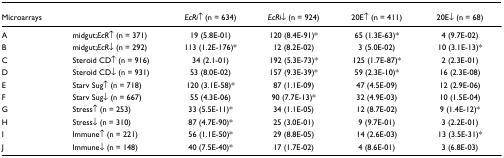
<table><thead><tr><td colspan="2"><b>Microarrays</b></td><td><b><i>EcRi</i>↑ (n = 634)</b></td><td><b><i>EcRi</i>↓ (n = 924)</b></td><td><b>20E↑ (n = 411)</b></td><td><b>20E↓ (n = 68)</b></td></tr></thead><tbody><tr><td>A</td><td>midgut;<i>EcR</i>↑ (n = 371)</td><td>19 (5.8E-01)</td><td>120 (8.4E-91)*</td><td>65 (1.3E-63)*</td><td>4 (9.7E-02)</td></tr><tr><td>B</td><td>midgut;<i>EcR</i>↓ (n = 292)</td><td>113 (1.2E-176)*</td><td>12 (8.2E-02)</td><td>3 (5.0E-02)</td><td>10 (3.1E-13)*</td></tr><tr><td>C</td><td>Steroid CD↑ (n = 916)</td><td>34 (2.1-01)</td><td>192 (5.3E-73)*</td><td>125 (1.7E-87)*</td><td>2 (2.3E-01)</td></tr><tr><td>D</td><td>Steroid CD↓ (n = 931)</td><td>53 (8.0E-02)</td><td>157 (9.3E-39)*</td><td>59 (2.3E-10)*</td><td>16 (2.3E-08)</td></tr><tr><td>E</td><td>Starv Sug↑ (n = 718)</td><td>120 (3.1E-58)*</td><td>87 (1.1E-09)</td><td>47 (4.5E-09)</td><td>12 (2.9E-06)</td></tr><tr><td>F</td><td>Starv Sug↓ (n = 667)</td><td>55 (4.3E-06)</td><td>90 (7.7E-13)*</td><td>32 (4.9E-03)</td><td>10 (1.5E-04)</td></tr><tr><td>G</td><td>Stress↑ (n = 253)</td><td>33 (5.5E-11)*</td><td>34 (1.1E-05)</td><td>12 (8.7E-02)</td><td>9 (1.4E-12)*</td></tr><tr><td>H</td><td>Stress↓ (n = 310)</td><td>87 (4.7E-90)*</td><td>25 (3.0E-01)</td><td>9 (9.7E-01)</td><td>3 (2.2E-01)</td></tr><tr><td>I</td><td>Immune↑ (n = 221)</td><td>56 (1.1E-50)*</td><td>29 (8.8E-05)</td><td>14 (2.6E-03)</td><td>13 (3.5E-31)*</td></tr><tr><td>J</td><td>Immune↓ (n = 148)</td><td>40 (7.5E-40)*</td><td>17 (1.7E-02)</td><td>4 (8.6E-01)</td><td>3 (6.8E-03)</td></tr></tbody></table>